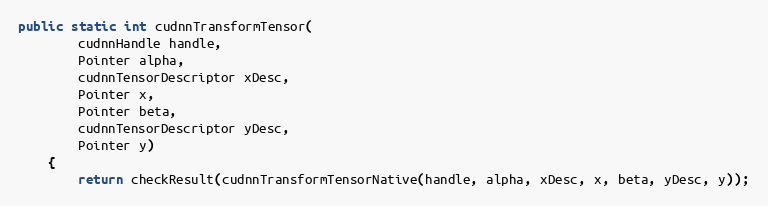
Language: Java
public static int cudnnTransformTensor(
        cudnnHandle handle,
        Pointer alpha,
        cudnnTensorDescriptor xDesc,
        Pointer x,
        Pointer beta,
        cudnnTensorDescriptor yDesc,
        Pointer y)
    {
        return checkResult(cudnnTransformTensorNative(handle, alpha, xDesc, x, beta, yDesc, y));